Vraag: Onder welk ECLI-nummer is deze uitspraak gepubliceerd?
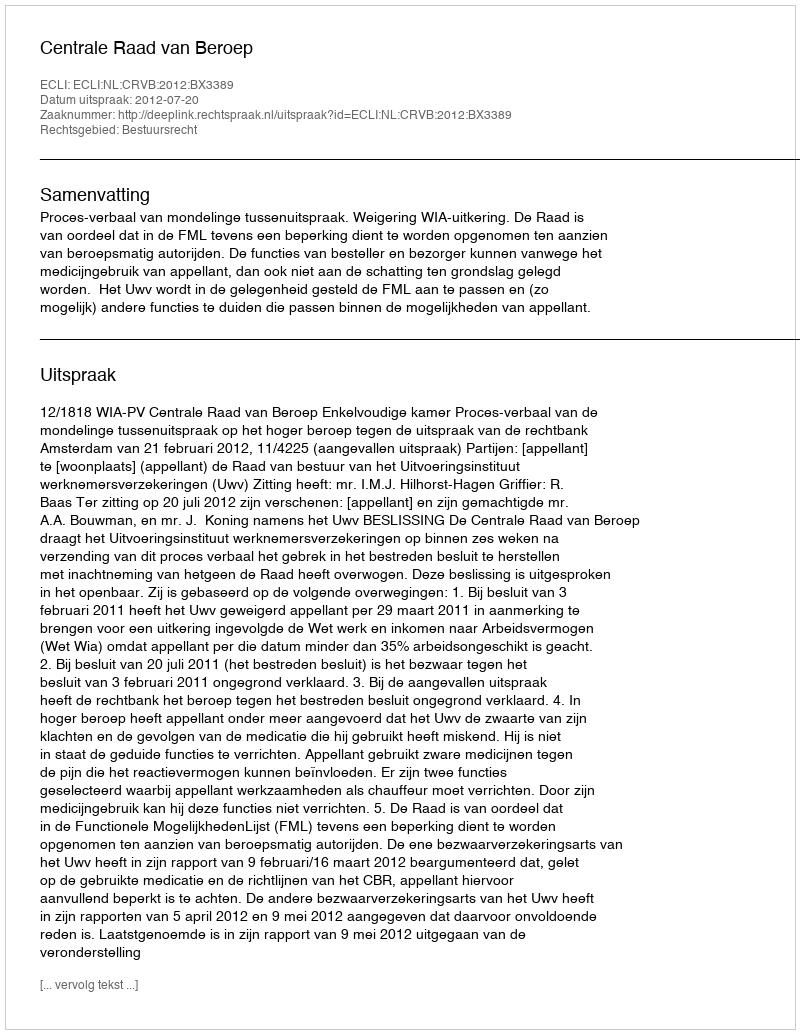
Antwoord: ECLI:NL:CRVB:2012:BX3389